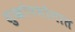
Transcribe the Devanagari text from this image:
सुखोपभोगात